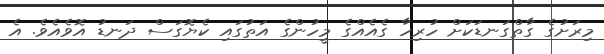
މިރަށުގެ ގާތްގަނޑަކަށް ހުރިހާ ގެއެއްގެ މީހުންގެ އަތުގައި ކެޔޮގަސް ދަނޑު އޮވެއެވެ. އެ